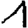
Digit: 1